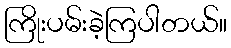
ကြိုးပမ်းခဲ့ကြပါတယ်။